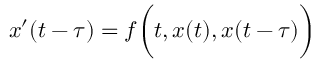
x ^ { \prime } ( t - \tau ) = f { \biggl ( } t , x ( t ) , x ( t - \tau ) { \biggr ) }